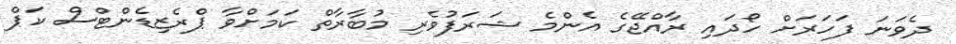
ދެވަނަ ފަހަރަށް ހޯދައި ރާއްޖޭގެ އެންމެ ޝަރަފުވެރި މުބާރާތް ކަމަށްވާ ޕްރެޒިޑެންޓްސް ކަޕް